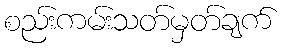
စည်းကမ်းသတ်မှတ်ချက်